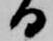
る